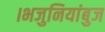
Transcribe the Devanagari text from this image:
।भजुनियांबुज